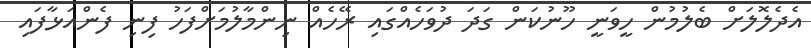
އެދެލޮލަށް ބެލުމުން ހީވަނީ ހޫނުކަން ގަދަ ދުވަހެއްގައި ރޭހެއް ނިންމާލުމަށްފަހު ފިނި ފެންއަޅާފައި